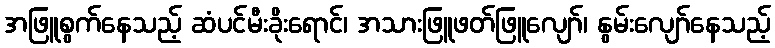
အဖြူစွက်နေသည့် ဆံပင်မီးခိုးရောင်၊ အသားဖြူဖတ်ဖြူလျော်၊ နွမ်းလျော်နေသည့်